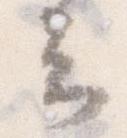
云